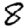
Digit: 8